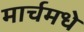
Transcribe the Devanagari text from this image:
मार्चमधे